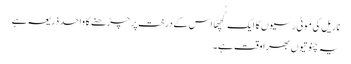
ناریل کی موٹی رسیوں کا ایک گُچھّا اس کے درخت پر چڑھنے کا واحد ذریعہ ہے
یہ چنوتیوں بھرا وقت ہے۔